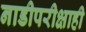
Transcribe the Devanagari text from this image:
नाडीपरीक्षाही